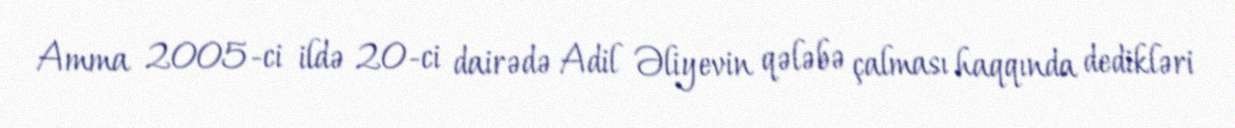
Amma 2005-ci ildə 20-ci dairədə Adil Əliyevin qələbə çalması haqqında dedikləri